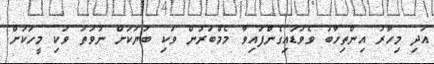
އަދި މިހާރު އިންތިހާބު ވެވަޑައިގެންފައިވާ މެމްބަރުން ވަކި ބަޔަކަށް ނުވަތަ ވަކި މީހަކަށް